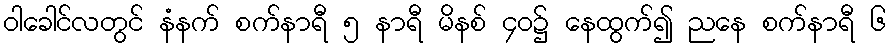
ဝါခေါင်လတွင် နံနက် စက်နာရီ ၅ နာရီ မိနစ် ၄၀၌ နေထွက်၍ ညနေ စက်နာရီ ၆